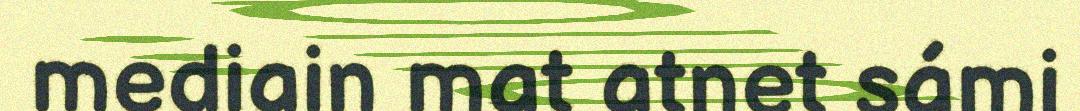
mediain mat atnet sámi